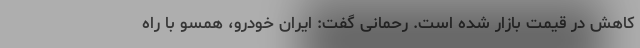
کاهش در قیمت بازار شده است. رحمانی گفت: ایران خودرو،‌ همسو با راه